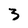
Character: 3